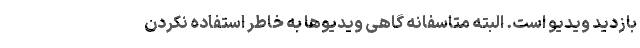
بازدید ویدیو است. البته متاسفانه گاهی ویدیوها به خاطر استفاده نکردن